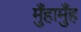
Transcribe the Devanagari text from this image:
मुँहामुँह